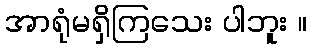
အာရုံမရှိကြသေး ပါဘူး ။